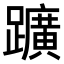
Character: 𨇁